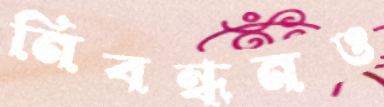
নিবন্ধনও